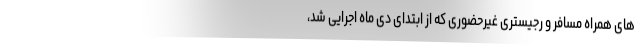
های همراه مسافر و رجیستری غیرحضوری که از ابتدای دی ماه اجرایی شد،